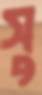
সু